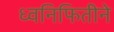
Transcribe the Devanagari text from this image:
ध्वनिफितीने